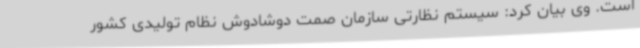
است. وی بیان کرد: سیستم نظارتی سازمان صمت دوشادوش نظام تولیدی کشور